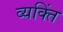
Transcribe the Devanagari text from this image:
व्यक्तिं